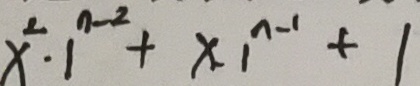
x ^ { 2 } \cdot 1 ^ { n - 2 } + x \cdot 1 ^ { n - 1 } + 1